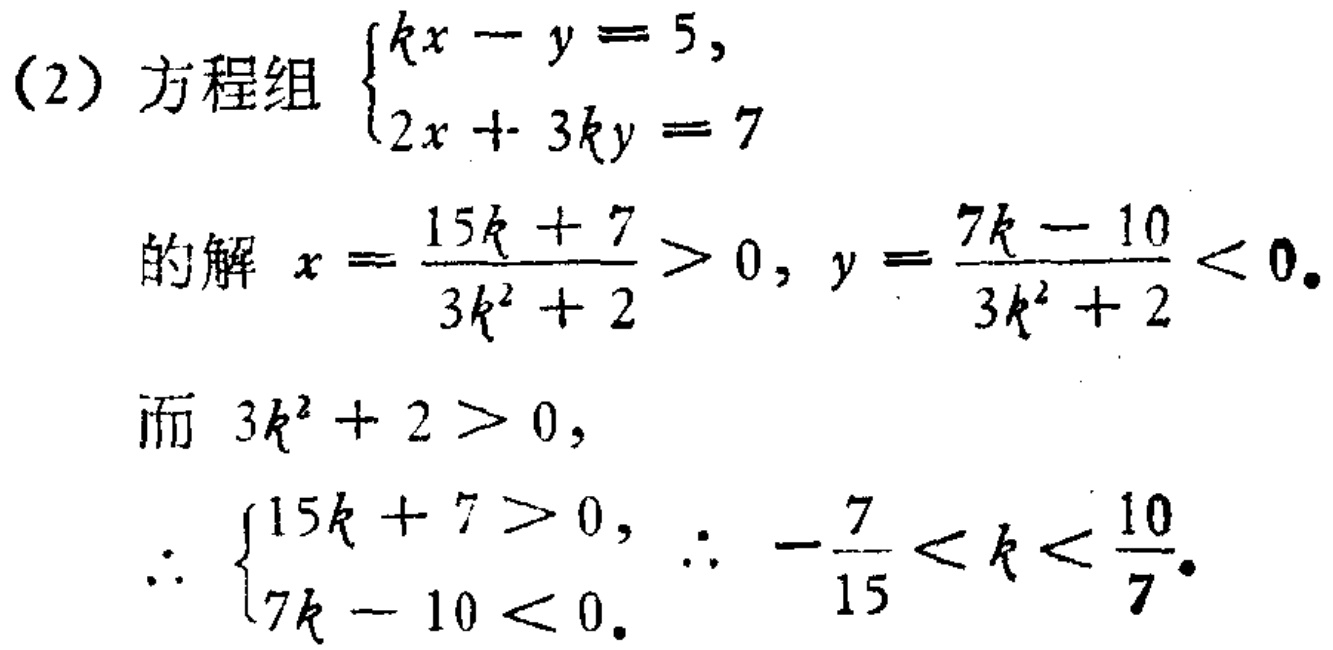
（2）方程组\(\begin{cases}kx - y = 5,\\2x + 3ky = 7\end{cases}\)
的解\(x = \dfrac{15k + 7}{3k^{2} + 2} > 0\)，\(y = \dfrac{7k - 10}{3k^{2} + 2} < 0\)。
而 \(3k^{2} + 2 > 0\)，
\(\therefore \begin{cases}15k + 7 > 0,\\7k - 10 < 0.\end{cases}\) \(\therefore -\dfrac{7}{15} < k < \dfrac{10}{7}\)。